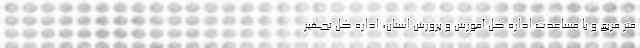
متر مربع و با مساعدت اداره کل آموزش و پرورش استان، اداره کل تجهیز